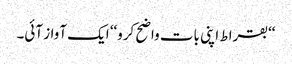
‘‘بقراط اپنی بات واضح کرو‘‘ ایک آواز آئی۔